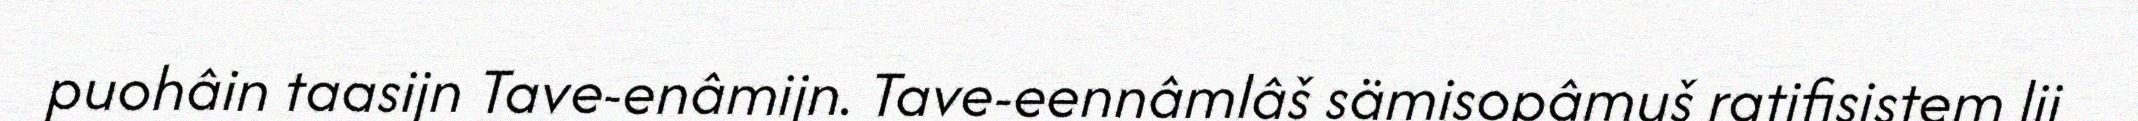
puohâin taasijn Tave-enâmijn. Tave-eennâmlâš sämisopâmuš ratifisistem lii